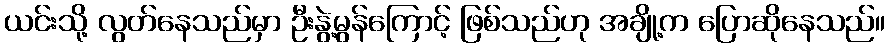
ယင်းသို့ လွတ်နေသည်မှာ ဦးနွဲ့မွန်ကြောင့် ဖြစ်သည်ဟု အချို့က ပြောဆိုနေသည်။